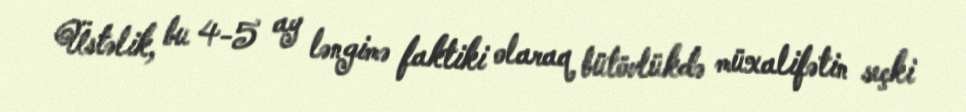
Üstəlik, bu 4-5 ay ləngimə faktiki olaraq bütövlükdə müxalifətin seçki